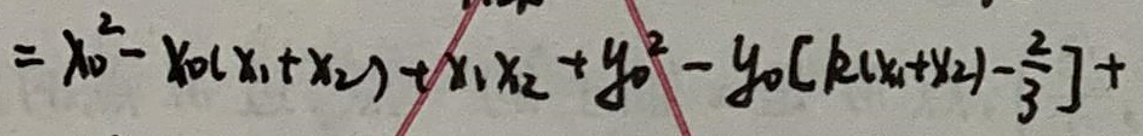
$= x _ { 0 } ^ { 2 } - x _ { 0 } ( x _ { 1 } + x _ { 2 } ) + x _ { 1 } x _ { 2 } + y _ { 0 } ^ { 2 } - y _ { 0 } [ k ( x _ { 1 } + x _ { 2 } ) - \frac { 2 } { 3 } ] +$